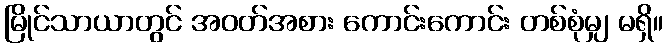
မြိုင်သာယာတွင် အဝတ်အစား ကောင်းကောင်း တစ်စုံမျှ မရှိ။